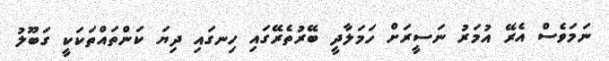
ނަމަވެސް އެރޭ އުމަރު ނަސީރަށް ހަމަލާދީ ބޭރުތެރޭގައި ހިނގައި ދިޔަ ކަންތައްތަކަކީ ގަބޫލު